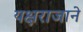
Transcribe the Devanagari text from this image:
यक्षराजाने